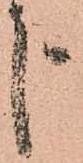
申